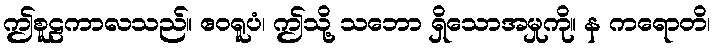
ဤစူဠကာလသည်။ ဧဝရူပံ၊ ဤသို့ သဘော ရှိသောအမှုကို။ န ကရောတိ၊